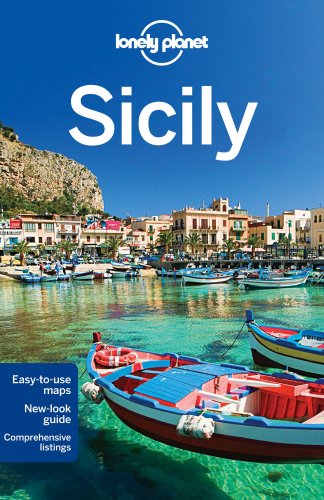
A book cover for Lonely Planet Sicily (Travel Guide); Lonely Planet; Travel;